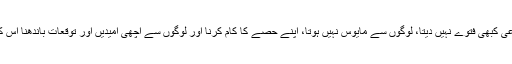
لیکن نہیں، داعی کبھی فتوے نہیں دیتا، لوگوں سے مایوس نہیں ہوتا، اپنے حصے کا کام کرنا اور لوگوں سے اچھی اُمیدیں اور توقعات باندھنا اس کے ذمے ہے۔